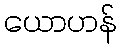
ယောဟန်